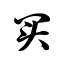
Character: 买